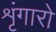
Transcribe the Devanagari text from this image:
शृंगारो